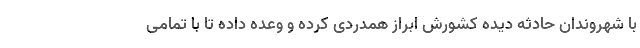
با شهروندان حادثه دیده کشورش ابراز همدردی کرده و وعده داده تا با تمامی